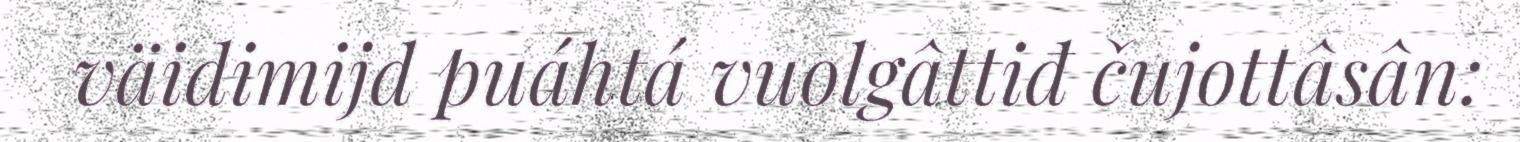
väidimijd puáhtá vuolgâttiđ čujottâsân: